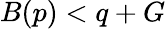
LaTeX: B(p)<q+G